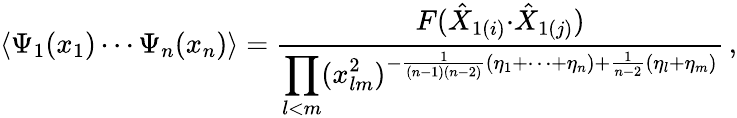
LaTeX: \langle\Psi_{1}(x_{1})\cdots\Psi_{n}(x_{n})\rangle=\displaystyle{\frac{F(\hat{X}_{1(i)}{\cdot\hat{X}_{1(j)}})}{\displaystyle{\prod_{l<m}(x_{lm}^{2})^{-\frac{1}{(n-1)(n-2)}(\eta_{1}+\cdots+\eta_{n})+\frac{1}{n-2}(\eta_{l}+\eta_{m})}}}}\, ,